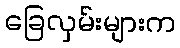
ခြေလှမ်းများက